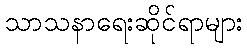
သာသနာရေးဆိုင်ရာများ